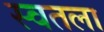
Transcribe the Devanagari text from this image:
स्वतला